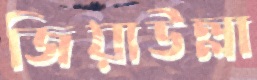
জিয়াউল্লা